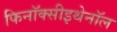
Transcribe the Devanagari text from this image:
फिनॉक्सीइथेनॉल